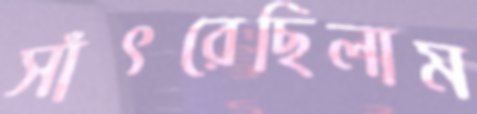
সাঁৎরেছিলাম